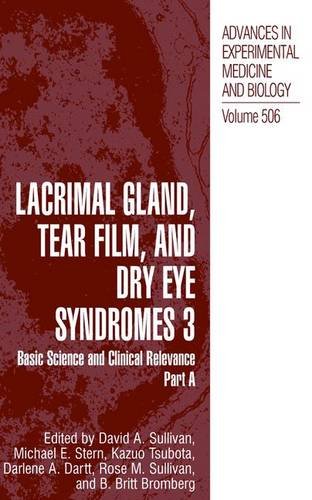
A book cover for Lacrimal Gland, Tear Film and Dry Eye Syndromes 3 (Volume 506) Set of 2 Books: Parts A & B (v. 3); Medical Books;